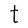
Character: t